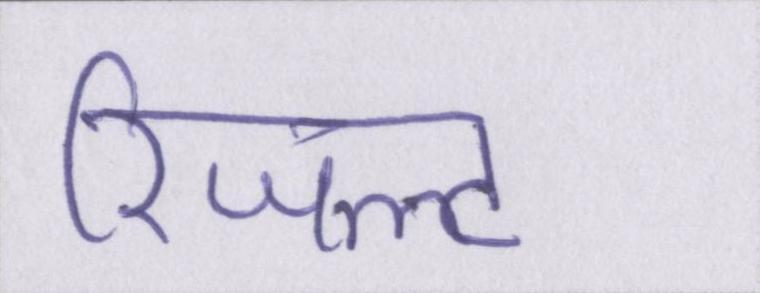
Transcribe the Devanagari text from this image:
रिजल्ट